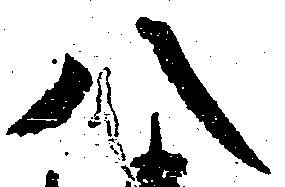
八